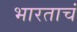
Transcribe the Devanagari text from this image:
भारताचं